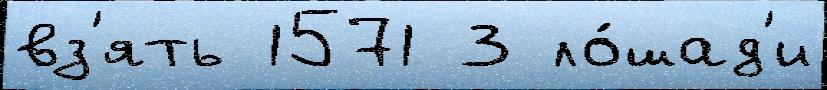
вз'ять 1571 3 ло́шад'и